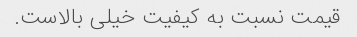
قیمت نسبت به کیفیت خیلی بالاست.